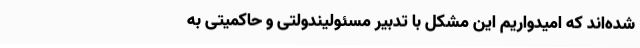
شده‌اند که امیدواریم این مشکل با تدبیر مسئولیندولتی و حاکمیتی به